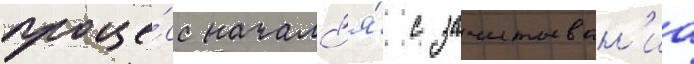
проце́сс началс'я́ с зачитыван'иа